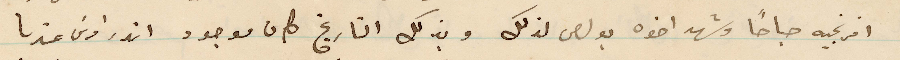
افرنجيه صباحًا وشهر اخوه بولص لذلك وبذلك التاريخ كان موجود اندراوس عندنا